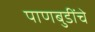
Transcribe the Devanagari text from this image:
पाणबुडींचे